Leningradi_Edasi_toimetus, lk 151
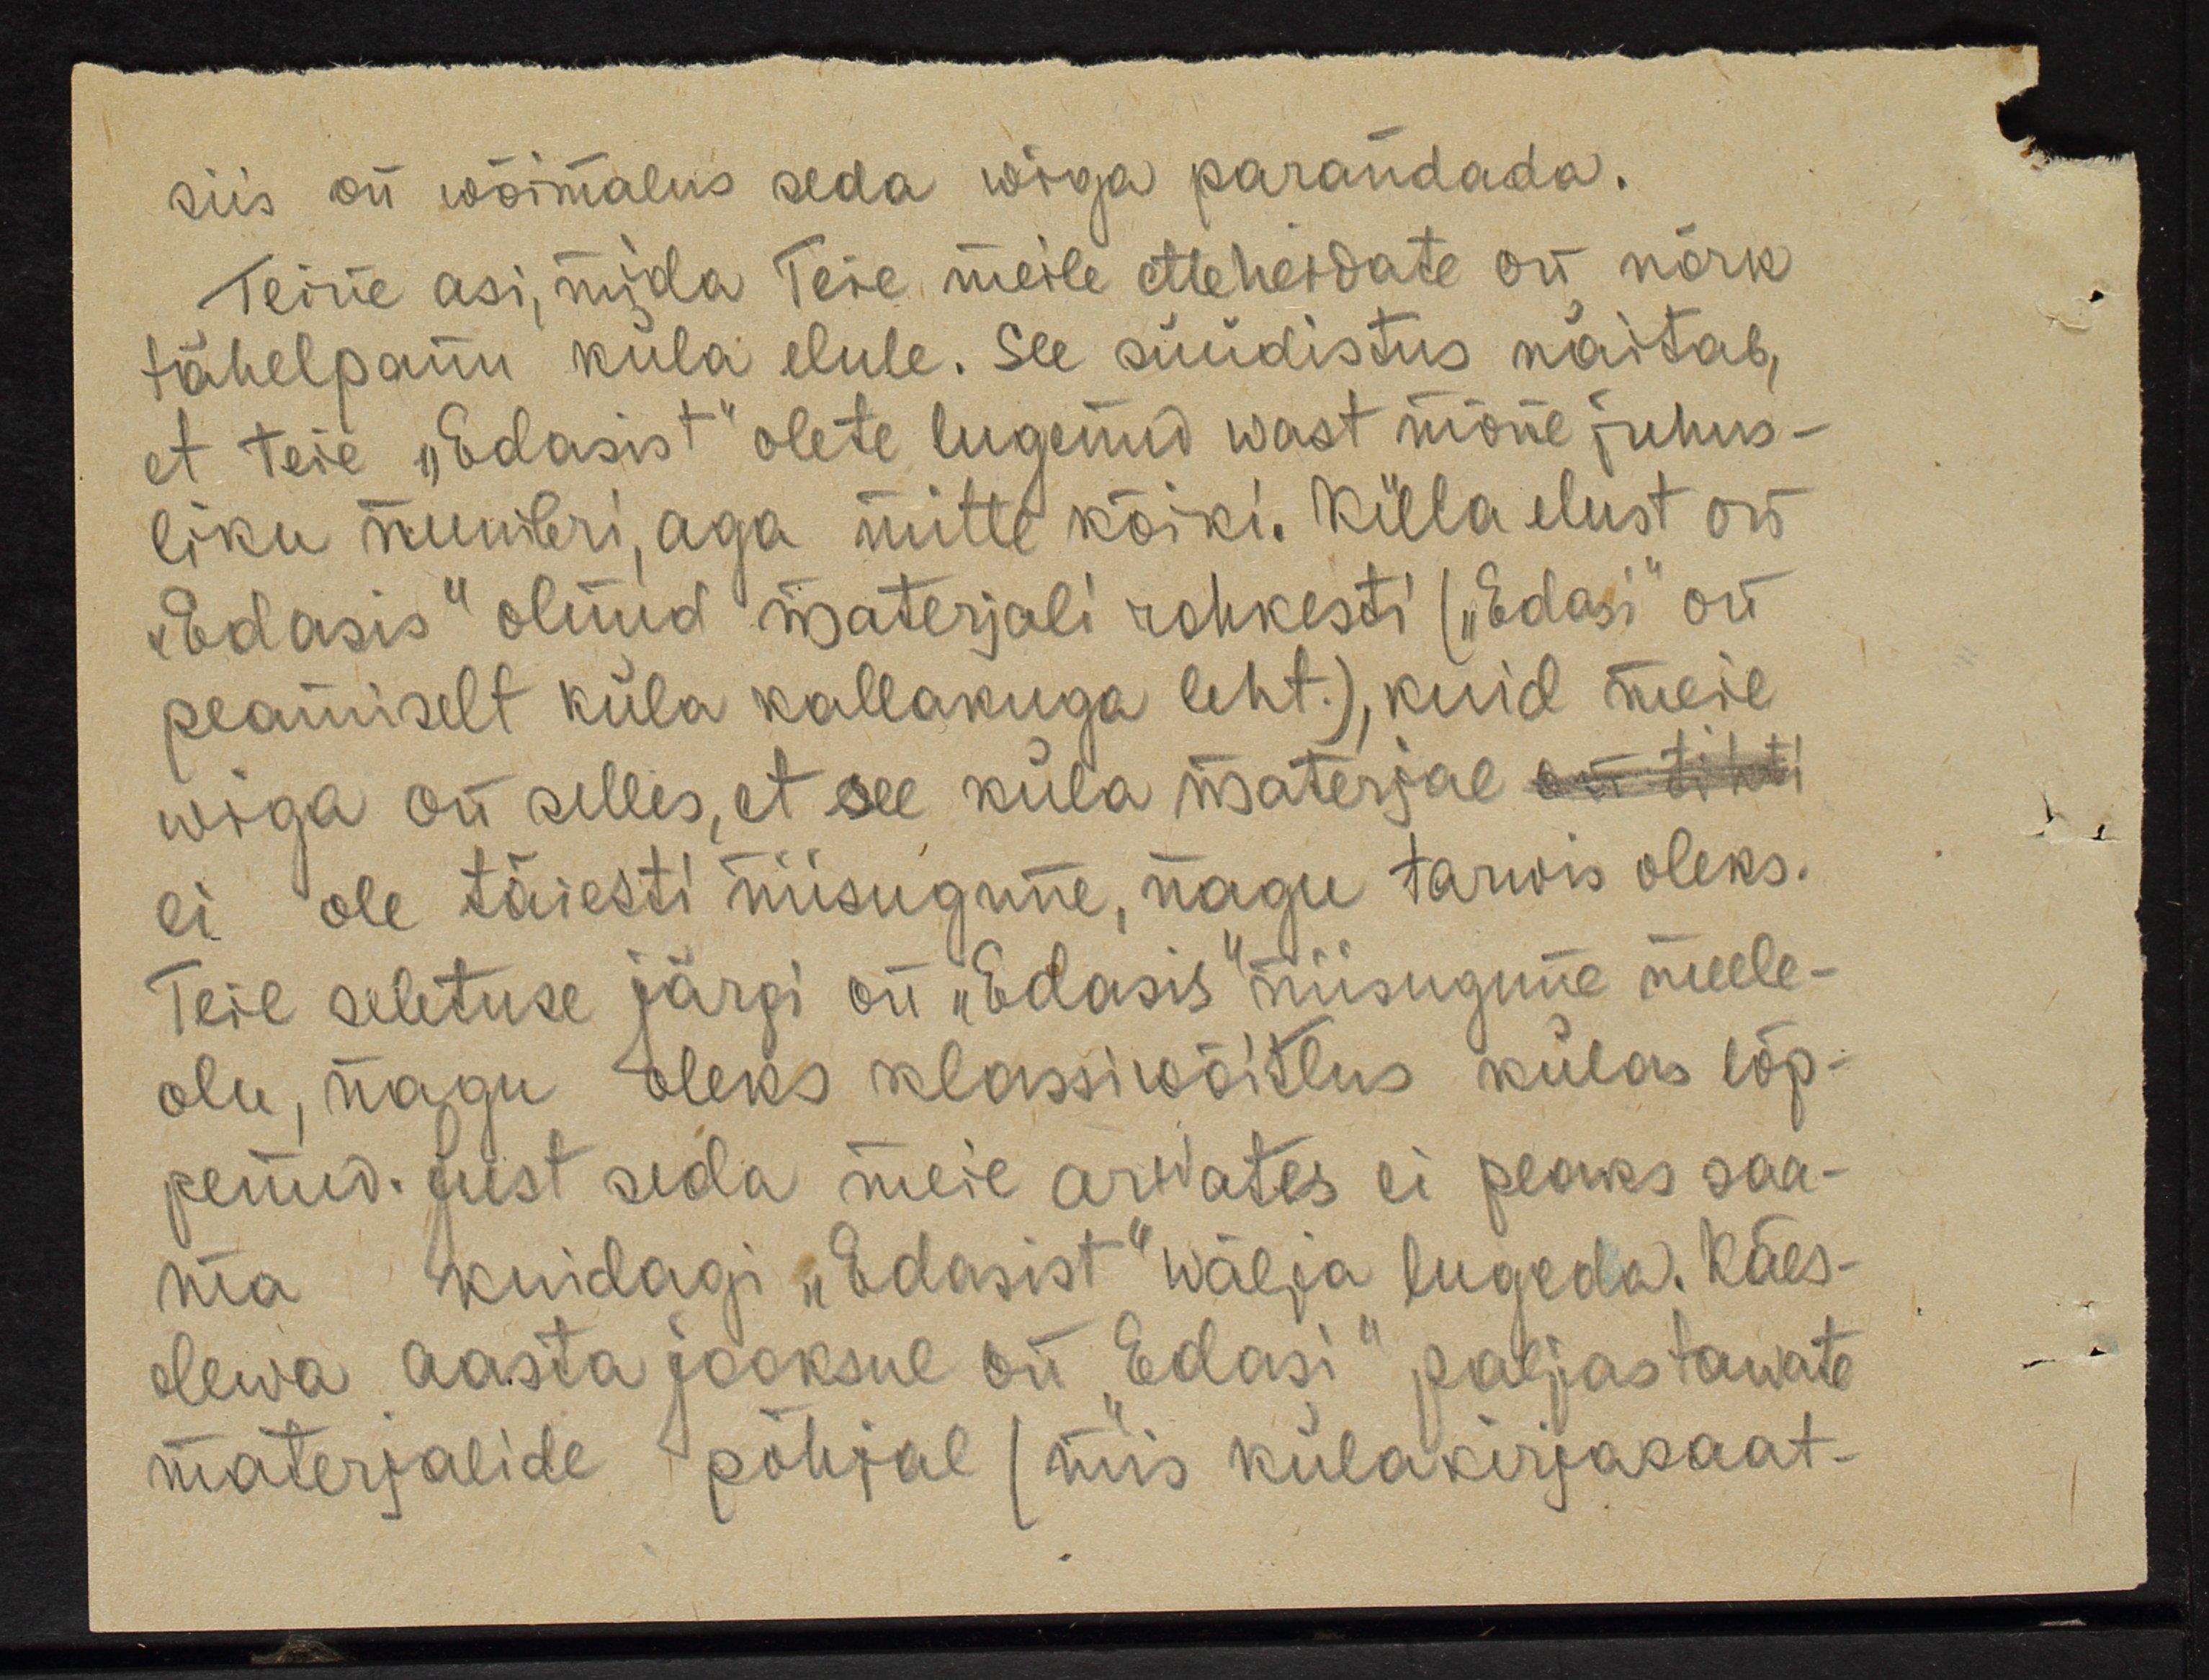
siis on wõimalus seda wiga parandada.
Teine asi, mida Teie meile etteheidate on nõrk
tähelpanu küla elule. See süüdistus näitab,
et teie "Edasist" olete lugenud wast mõne juhus-
liku numbri, aga mitte kõiki. Küla elust on
"Edasis" olnud materjali rohkesti ("Edasi" on
peamiselt küla kallakuga leht.), kuid meie
wiga on selles, et see küla materjal on tihti
ei ole täiesti niisugune, nagu tarwis oleks.
Teie seletuse järgi on "Edasis" niisugune meele-
olu, nagu oleks klassiwõitlus külas lõp-
penud. Just seda meie arwates ei peaks saa-
ma kuidagi "Edasist" wälja lugeda. Käes-
olewa aasta jooksul on "Edasi" paljastawate
materjalide põhjal (mis külakirjasaat-